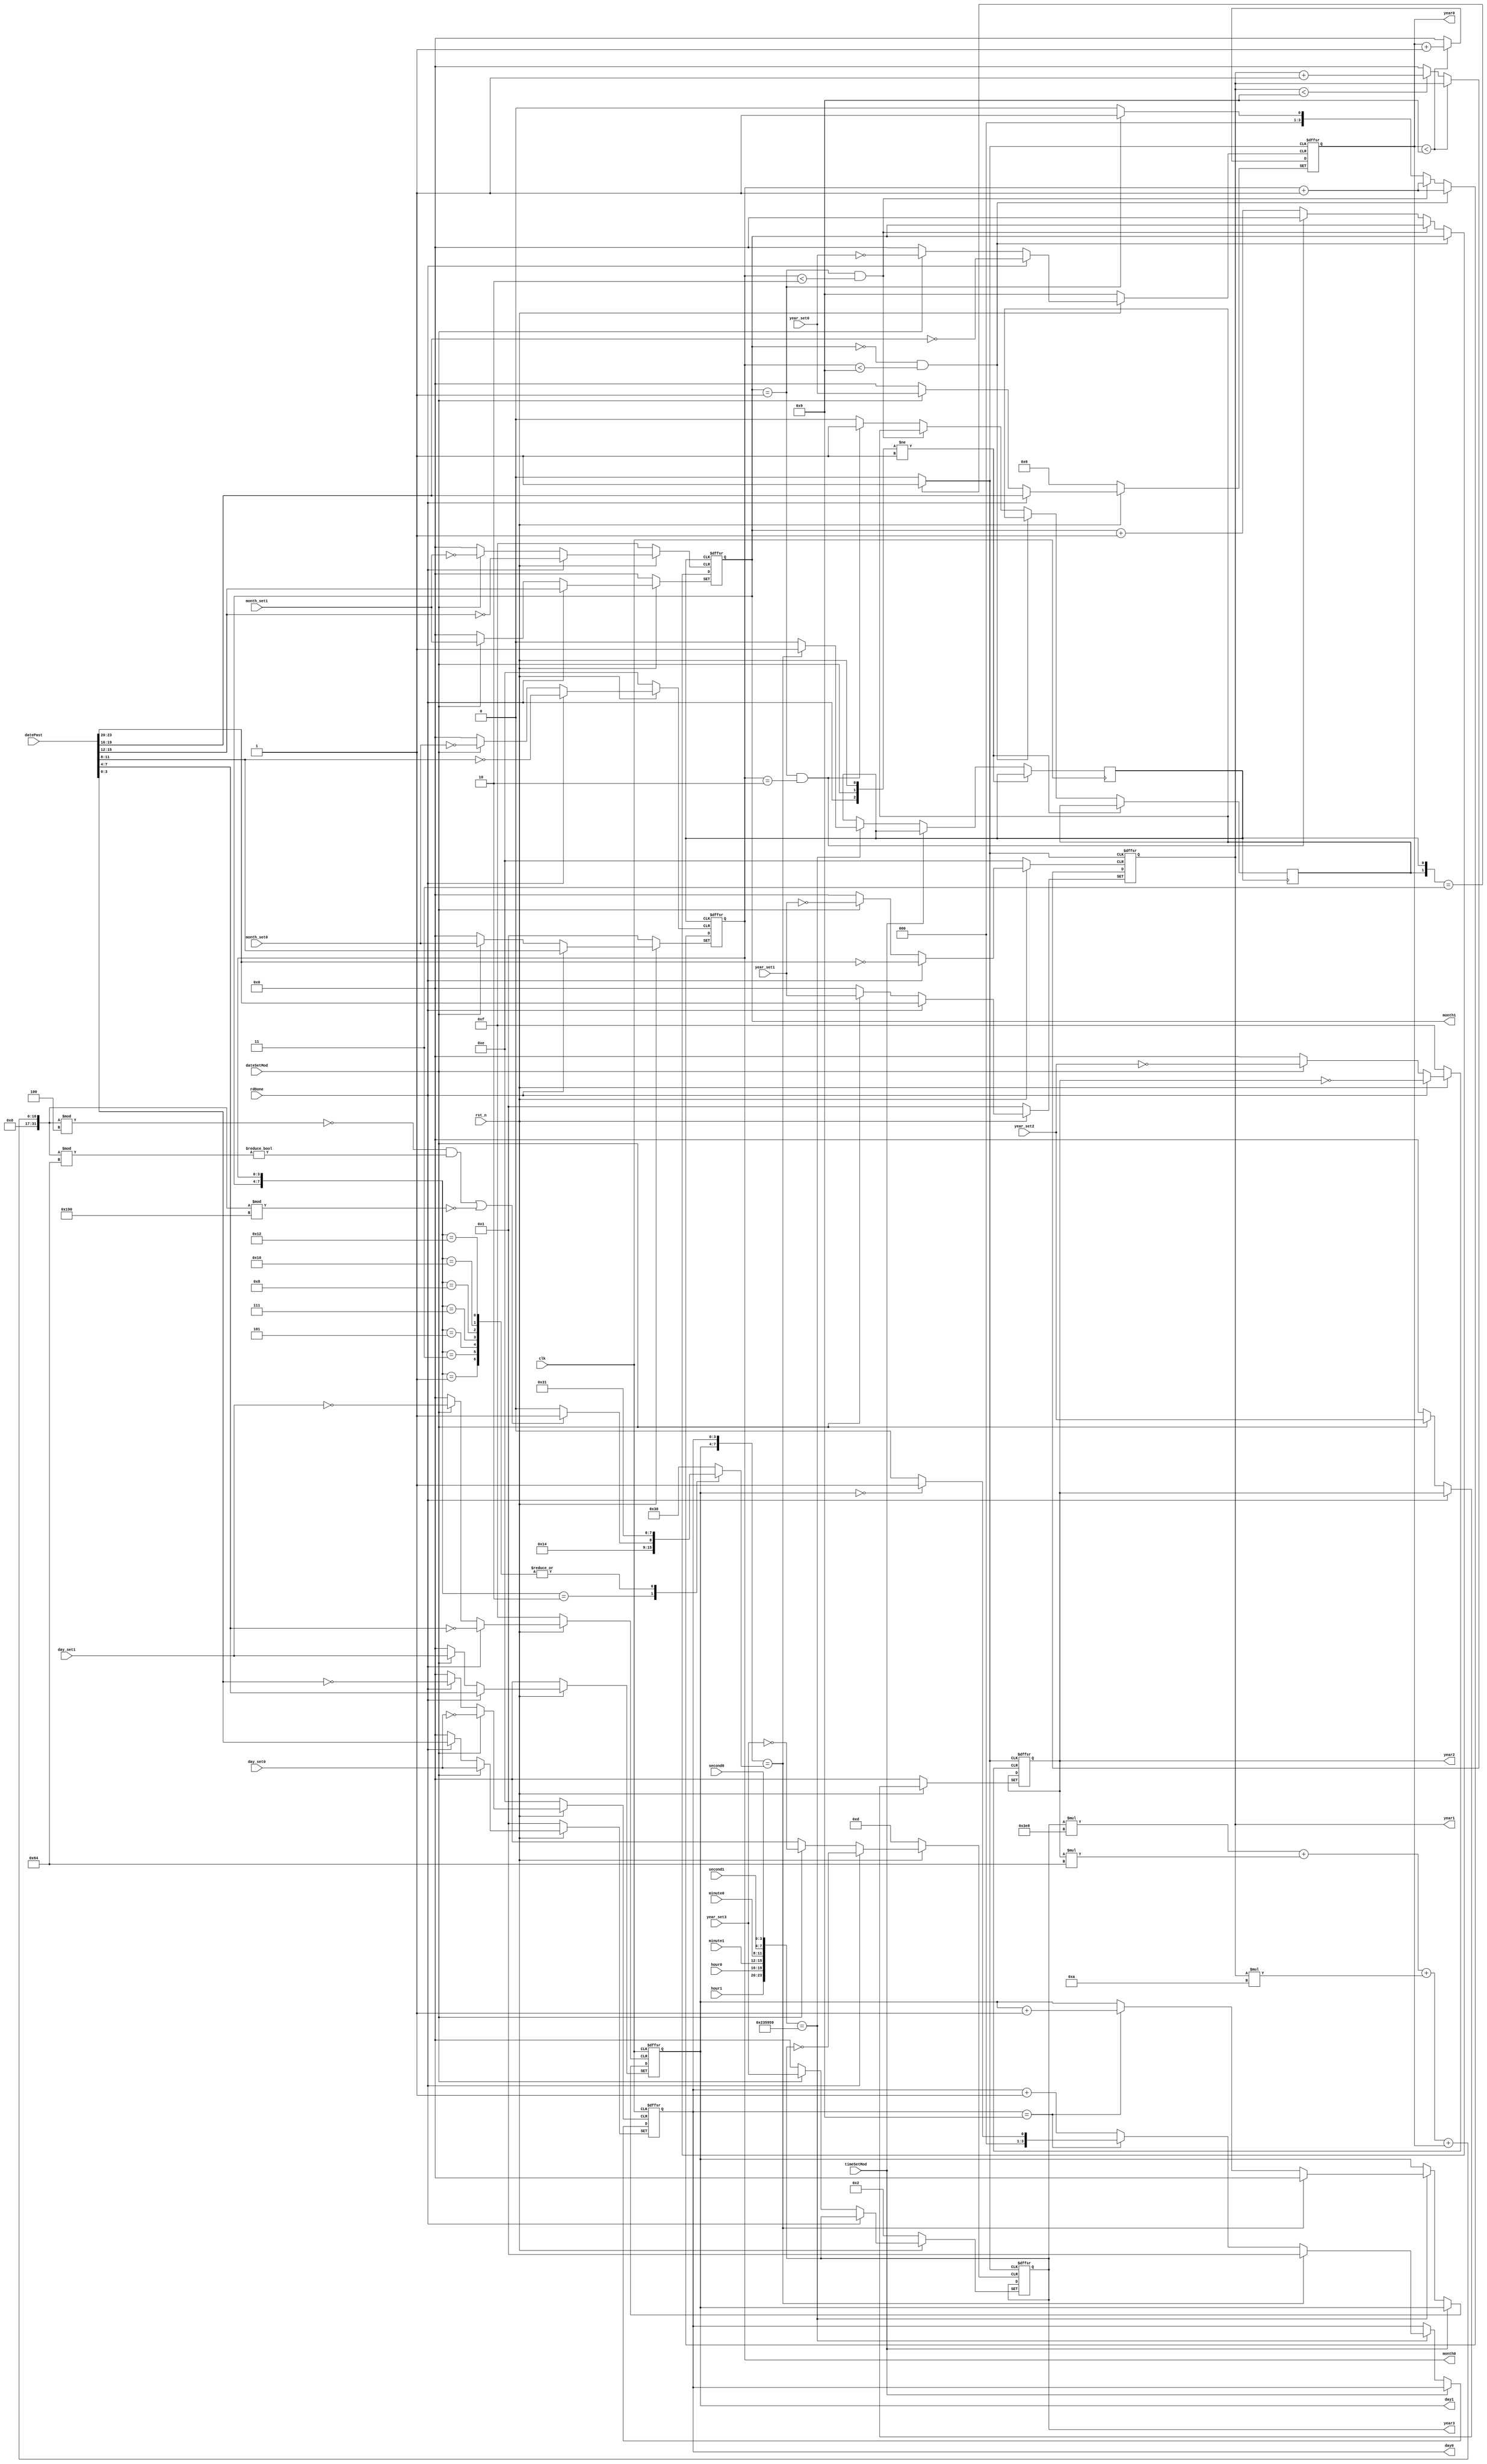
module dateDisplay(
	input 				clk,//时钟信号
	input 				rst_n,//复位信号
	//input dateDisplayMod,
	input 				dateSetMod, 
	input             timeSetMod,
	input  		[3:0] hour1, hour0,
	input  		[3:0] minute1, minute0,
	input  		[3:0] second1, second0,
	input  		[3:0] year_set3, year_set2, year_set1, year_set0,
	input  		[3:0] month_set1, month_set0,
	input  		[3:0] day_set1, day_set0,
	input       [23:0] datePast,
	input              rdDone,
	output reg 	[3:0] year3, year2, year1, year0,
	output reg 	[3:0] month1, month0,
	output reg 	[3:0] day1, day0
	);

	reg [7:0] DAYS;
	reg       dayCarry, monthCarry;
	
	initial
	begin
		{year3, year2, year1, year0} <= 16'h2019; //年份初始化为2019年1月1日
		{day1, day0}                 <= 8'h01;
		{month1, month0}             <= 8'h01;
	end
	
	always @ (posedge clk or negedge rst_n or posedge dateSetMod or posedge rdDone)
	begin 
		if (!rst_n)
		begin 
			{day1, day0} <= 8'h01;
		end
		else 
		begin 
			if (rdDone)
				{day1, day0} <= datePast[7:0];
			else if (dateSetMod)
			begin
				{day1, day0} <= {day_set1, day_set0};
			end
			else if (!timeSetMod)
			begin
				if ({hour1, hour0, minute1, minute0, second1, second0} == 24'h235959)
				begin 
					if (day0 == 4'd9)
					begin 
						if (day1 == 4'd0)
						begin
							day0 <= 4'd1;
							day1 <= day1 + 1'b1;
						end
						else
						begin
							day0 <= 4'd0;
							day1 <= day1 + 1'b1;
						end
					end
					else
					begin
						day0 <= day0 + 1'b1;
					end
					if ({day1, day0} == DAYS)
					begin 
						dayCarry <= 1'b1;
						{day1, day0} <= 8'h01;
					end
					else
						dayCarry <= 1'b0;
				end
			end
		end
	end
	
	always @ (posedge dayCarry or negedge rst_n or posedge dateSetMod or posedge rdDone)
	begin 
		if (!rst_n)
		begin 
			month1 <= 4'd0;
			month0 <= 4'd1;
		end
		else
		begin 
			if (rdDone)
				{month1, month0} <= datePast[15:8];
			else if (dateSetMod)
			begin
				{month1, month0} <= {month_set1, month_set0};
			end
			else
			begin
				if (month1 == 4'd0 && month0 < 4'd9)
					month0 <= month0 + 1'b1;
				else if (month1 == 4'd1 && month0 < 4'd2)
					month0 <= month0 + 1'b1;
				else
				begin
					if (month1 == 4'd1)
						month0 <= 4'd1;
					else
						month0 <= 4'd0;
					if (month1 == 4'd1 && month0 == 4'd2)
					begin 
						month1 <= 4'd0;
						monthCarry <= 1'b1;
					end
					else
					begin
						month1 <= month1 + 1'b1;
						monthCarry <= 1'b0;
					end
				end
			end
		end
	end
		
	wire yearCarry;
	assign yearCarry = ({monthCarry, dayCarry} == 2'b11 ? 1 : 0);
	always @ (posedge yearCarry or negedge rst_n or posedge dateSetMod or posedge rdDone)
	begin
		if (!rst_n)
			{year3, year2, year1, year0} <= 16'h2016;
		else
		begin
			if (rdDone)
				{year1, year0} <= datePast[23:16];
			else if (dateSetMod)
			begin
				{year3, year2, year1, year0} <= {year_set3, year_set2, year_set1, year_set0};
			end
			else
			begin
				if (year0 < 4'd9)
					year0 <= year0 + 1'b1;
				else
				begin
					year0 <= 4'd0;
					if (year1 < 4'd9)
						year1 <= year1 + 1'b1;
					else
						year1 <= 4'd0;
				end
			end
		end
	end
	always		//判断月份天数
	begin 
		case ({month1, month0})
			8'h01: DAYS <= 8'h31;
			8'h02: 
			begin
				if (({year3*1000 + year2*100 + year1*10 + year0} % 4 == 0) && ({year3*1000 + year2*100 + year1*10 + year0} % 100 != 0) || ({year3*1000 + year2*100 + year1*10 + year0} % 400 == 0))
					DAYS <= 8'h29;
				else
					DAYS <= 8'h28;
			end
			8'h03: DAYS <= 8'h31;
			8'h04: DAYS <= 8'h30;
			8'h05: DAYS <= 8'h31;
			8'h06: DAYS <= 8'h30;
			8'h07: DAYS <= 8'h31;
			8'h08: DAYS <= 8'h31;
			8'h09: DAYS <= 8'h30;
			8'h10: DAYS <= 8'h31;
			8'h11: DAYS <= 8'h30;
			8'h12: DAYS <= 8'h31;
			default: DAYS <= 8'h30;
		endcase
	end
	
endmodule